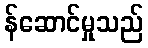
န်ဆောင်မှုသည်